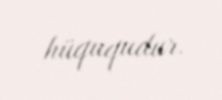
hüququdur.